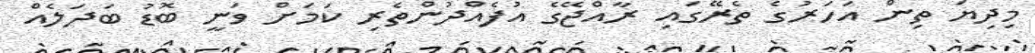
މިދިޔަ ތިން އަހަރުގެ ތެރޭގައި ރާއްޖޭގެ އުފެއްދުންތެރި ކަމަށް ވަނީ ބޮޑު ބަދަލެއް